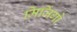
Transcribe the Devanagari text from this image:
मिजिंगो